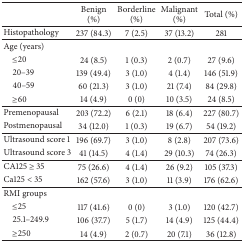
<table><thead><tr><td><b> </b></td><td><b>Benign (%)</b></td><td><b>Borderline (%)</b></td><td><b>Malignant (%)</b></td><td><b>Total (%)</b></td></tr></thead><tbody><tr><td>Histopathology</td><td>237 (84.3)</td><td>7 (2.5)</td><td>37 (13.2)</td><td>281</td></tr><tr><td>Age (years)</td><td> </td><td> </td><td> </td><td> </td></tr><tr><td> ≤20</td><td>24 (8.5)</td><td>1 (0.3)</td><td>2 (0.7)</td><td>27 (9.6)</td></tr><tr><td> 20–39</td><td>139 (49.4)</td><td>3 (1.0)</td><td>4 (1.4)</td><td>146 (51.9)</td></tr><tr><td> 40–59</td><td>60 (21.3)</td><td>3 (1.0)</td><td>21 (7.4)</td><td>84 (29.8)</td></tr><tr><td> ≥60</td><td>14 (4.9)</td><td>0 (0)</td><td>10 (3.5)</td><td>24 (8.5)</td></tr><tr><td>Premenopausal</td><td>203 (72.2)</td><td>6 (2.1)</td><td>18 (6.4)</td><td>227 (80.7)</td></tr><tr><td>Postmenopausal</td><td>34 (12.0)</td><td>1 (0.3)</td><td>19 (6.7)</td><td>54 (19.2)</td></tr><tr><td>Ultrasound score 1</td><td>196 (69.7)</td><td>3 (1.0)</td><td>8 (2.8)</td><td>207 (73.6)</td></tr><tr><td>Ultrasound score 3</td><td>41 (14.5)</td><td>4 (1.4)</td><td>29 (10.3)</td><td>74 (26.3)</td></tr><tr><td>CA125 ≥ 35</td><td>75 (26.6)</td><td>4 (1.4)</td><td>26 (9.2)</td><td>105 (37.3)</td></tr><tr><td>Ca125 &lt; 35</td><td>162 (57.6)</td><td>3 (1.0)</td><td>11 (3.9)</td><td>176 (62.6)</td></tr><tr><td>RMI groups</td><td> </td><td> </td><td> </td><td> </td></tr><tr><td> ≤25</td><td>117 (41.6)</td><td>0 (0)</td><td>3 (1.0)</td><td>120 (42.7)</td></tr><tr><td> 25.1–249.9</td><td>106 (37.7)</td><td>5 (1.7)</td><td>14 (4.9)</td><td>125 (44.4)</td></tr><tr><td> ≥250</td><td>14 (4.9)</td><td>2 (0.7)</td><td>20 (7.1)</td><td>36 (12.8)</td></tr></tbody></table>